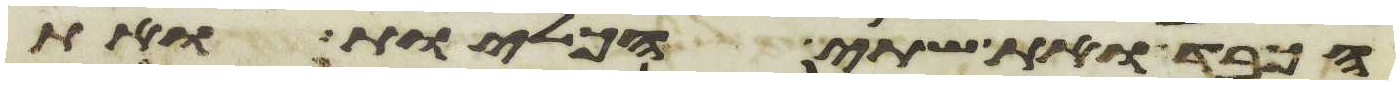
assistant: הכבד ואת שתי הכליות ואת